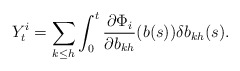
\begin{align*}Y_{t}^{i}=\sum_{k\leq h}\int_{0}^{t}\frac{\partial\Phi_{i}}{\partial b_{kh}}(b(s))\delta b_{kh}(s). \end{align*}